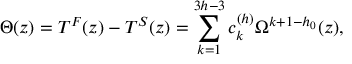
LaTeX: \Theta ( z ) = T ^ { F } ( z ) - T ^ { S } ( z ) = \sum _ { k = 1 } ^ { 3 h - 3 } c _ { k } ^ { ( h ) } \Omega ^ { k + 1 - h _ { 0 } } ( z ) ,